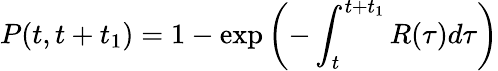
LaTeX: P(t,t+t_{1})=1-\exp\left(-\int_{t}^{t+t_{1}}R(\tau)d\tau\right)